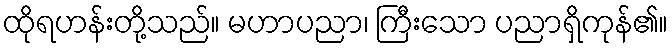
ထိုရဟန်းတို့သည်။ မဟာပညာ၊ ကြီးသော ပညာရှိကုန်၏။